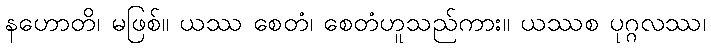
နဟောတိ၊ မဖြစ်။ ယဿ စေတံ၊ စေတံဟူသည်ကား။ ယဿစ ပုဂ္ဂလဿ၊